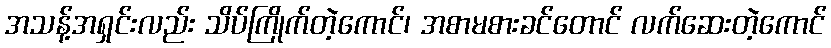
အသန့်အရှင်းလည်း သိပ်ကြိုက်တဲ့ကောင်၊ အစာမစားခင်တောင် လက်ဆေးတဲ့ကောင်